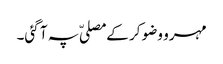
مہرو وضو کر کے مصلیّ پہ آ گئی۔